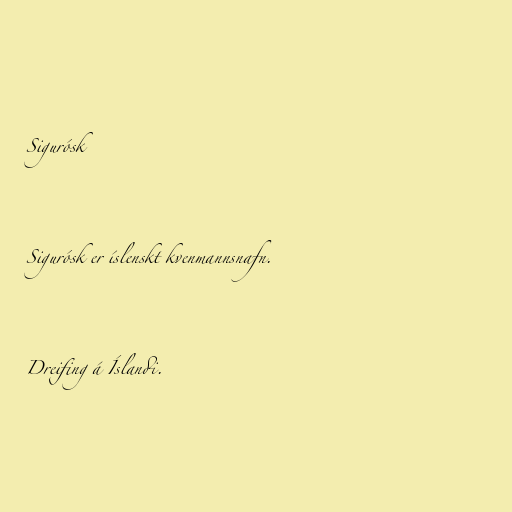
Sigurósk

Sigurósk er íslenskt kvenmannsnafn.

Dreifing á Íslandi.